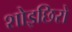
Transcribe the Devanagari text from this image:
शोइछिरो